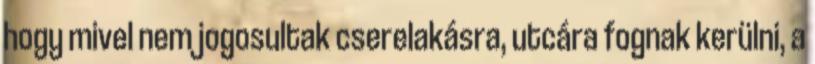
hogy mivel nem jogosultak cserelakásra, utcára fognak kerülni, a